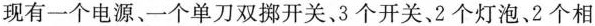
现有一个电源、一个单刀双挪开关、3个开关、2个灯泡、2个相